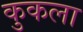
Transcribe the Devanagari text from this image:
कुकला